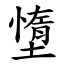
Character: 墯